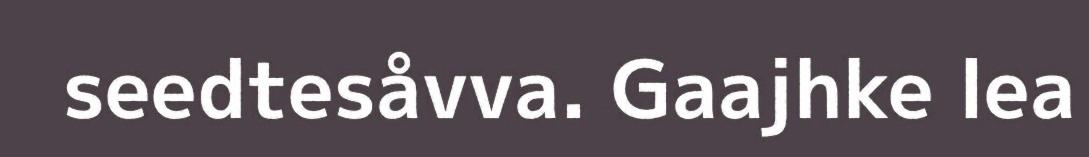
seedtesåvva. Gaajhke lea